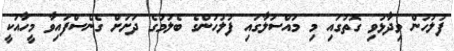
ފުލުހުން ވިދާޅުވި ގޮތުގައި މި މައްސަލާގައި ފުލުހުންގެ ބެލުމުގެ ދަށަށް ގެނެސްފައިވާ މީހާއަކީ